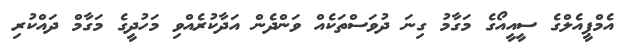
އެމްޕީއެލްގެ ސީއީއޯގެ މަގާމު ގިނަ ދުވަސްތަކެއް ވަންދެން އަދާކުރެއްވި މަހުދީގެ މަގާމް ދައްކުރި